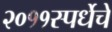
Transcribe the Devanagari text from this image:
२०११स्पर्धेचे